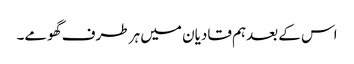
اس کے بعدہم قادیان میں ہر طرف گھومے۔